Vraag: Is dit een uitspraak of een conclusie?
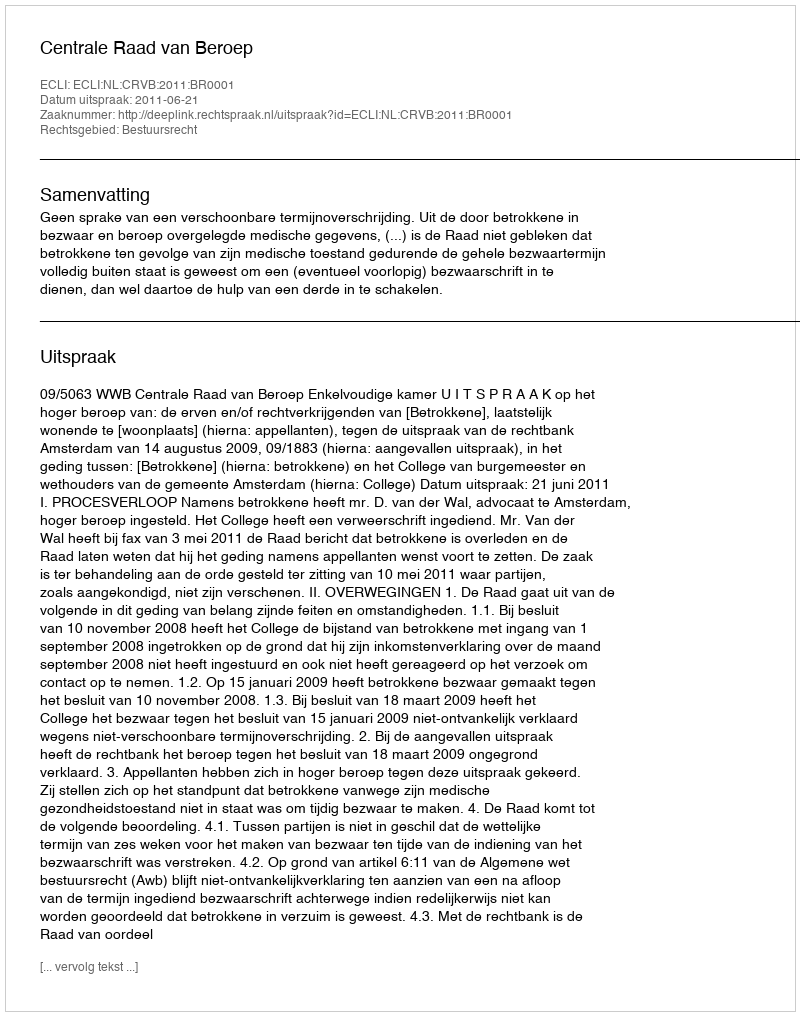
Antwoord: Uitspraak